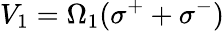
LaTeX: V_{1}=\Omega_{1}(\sigma^{+}+\sigma^{-})